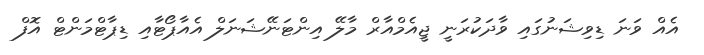
އެއް ވަނަ ޑިވިޝަނުގައި ވާދަކުރަނީ ޖީއެމްއާރް މާލޭ އިންޓަނޭޝަނަލް އެއާޕޯޓާއި ޑިޕާޓްމަންޓް އޮފް